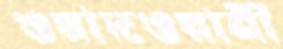
ওয়াদওয়ানী